Report of the Municipal Commissioner on the plague in Bombay for the year ending 31st May... - Volume 3
Disease focus: Plague
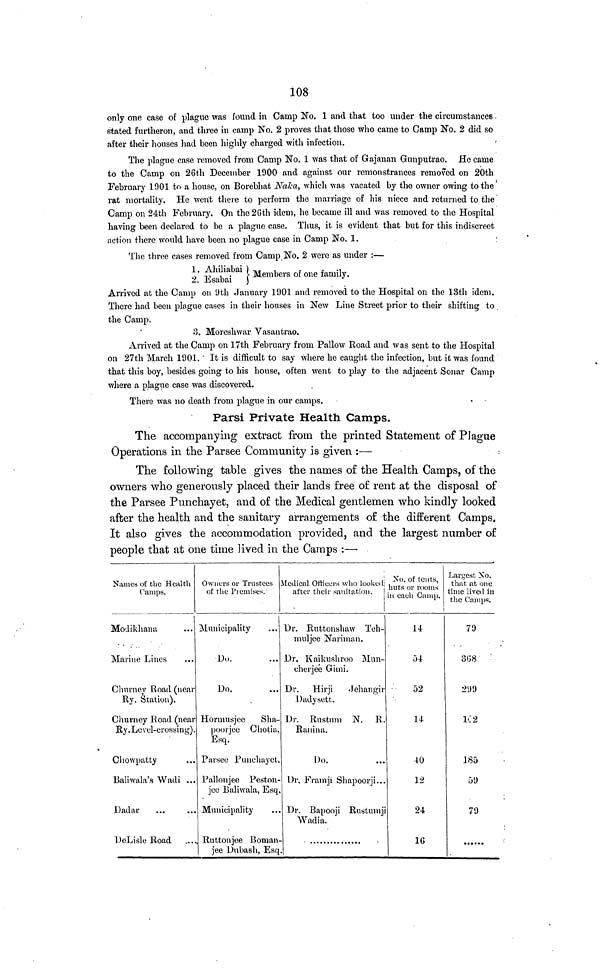
108
only one case of plague was found in Camp No. 1 and that too under the circumstances
stated furtheron, and three in camp No. 2 proves that those who came to Gamp No. 2 did so
after their houses had been highly charged with infection.
The plague case removed from Camp No. 1 was that of Gajanan Gunputrao. He came
to the Camp on 26th December 1900 and against our remonstrances removed on 20th
February 1901 to a house, on Borebhat Naka, which was vacated by the owner owing to the
rat mortality. He went there to perform the marriage of his niece and returned to the
Camp on 24th February. On the 26th idem, he became ill and was removed to the Hospital
having been declared to be a plague case. Thus, it is evident that but for this indiscreet
action there would have been no plague case in Camp No. 1.
The three cases removed from Camp No. 2 were as under :—
1 Ahiliabai } Members of one family.
2. Esabai
Arrived at the Camp on 9th January 1901 and removed to the Hospital on the 13th idem.
There had been plague cases in their houses in New Line Street prior to their shifting to
the Camp.
3. Moreshwar Vasantrao.
Arrived at the Camp on 17th February from Pallow Road and was sent to the Hospital
on 27th March 1901. It is difficult to say where he caught the infection, but it was found
that this boy, besides going to his house, often went to play to the adjacent Sonar Camp
where a plague case was discovered.
There was no death from plague in our camps.
Parsi Private Health Camps.
The accompanying extract from the printed Statement of Plague
Operations in the Parsee Community is given :—
The following table gives the names of the Health Camps, of the
owners who generously placed their lands free of rent at the disposal of
the Parsee Punchayet, and of the Medical gentlemen who kindly looked
after the health and the sanitary arrangements of the different Camps.
It also gives the accommodation provided, and the largest number of
people that at one time lived in the Camps :—
Names of the Health
Camps.
Modikhana
Marine Lines
Churney Road (near
Ry. Station).
Churney Road (near
Ry. Level-crossing).
Chowpatty
Baliwala's Wadi ...
Dadar.
DeLisle Road
Owners or Trustees
of the Premises.
Municipality
Do.
Do.
Hormusjee
Sha-
poorjee Chotia,
Esq.
Parsee Punchayet.
Pallonjee Peston-
jee Baliwala, Esq
Municipality
Ruttonjee Boman-
jee Dubash, Esq
Medical Officers who looked
after their sanitation.
Dr. Ruttonshaw Teh-
muljee Nariman.
Dr. Kaikushroo Mun-
cherjee Gimi.
Dr. Hirji
Jehangir
Dadysett.
Dr. Rustum N. R.
Ranina.
Do.
Dr. Framji Shapoorji..
Dr. Bapooji Rustumji
Wadia.
No. of tents,
huts or rooms
in each Camp.
14
54
52
14
40
12
24
16
Largest No.
that at one
time lived in
the Camps.
79
368
299
162
J85
59
79